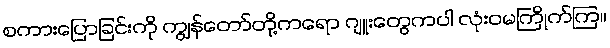
စကားပြောခြင်းကို ကျွန်တော်တို့ကရော ဂျူးတွေကပါ လုံးဝမကြိုက်ကြ။